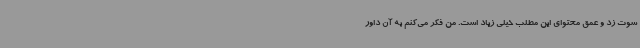
سوت زد و عمق محتوای این مطلب خیلی زیاد است. من فکر می‌کنم به آن داور